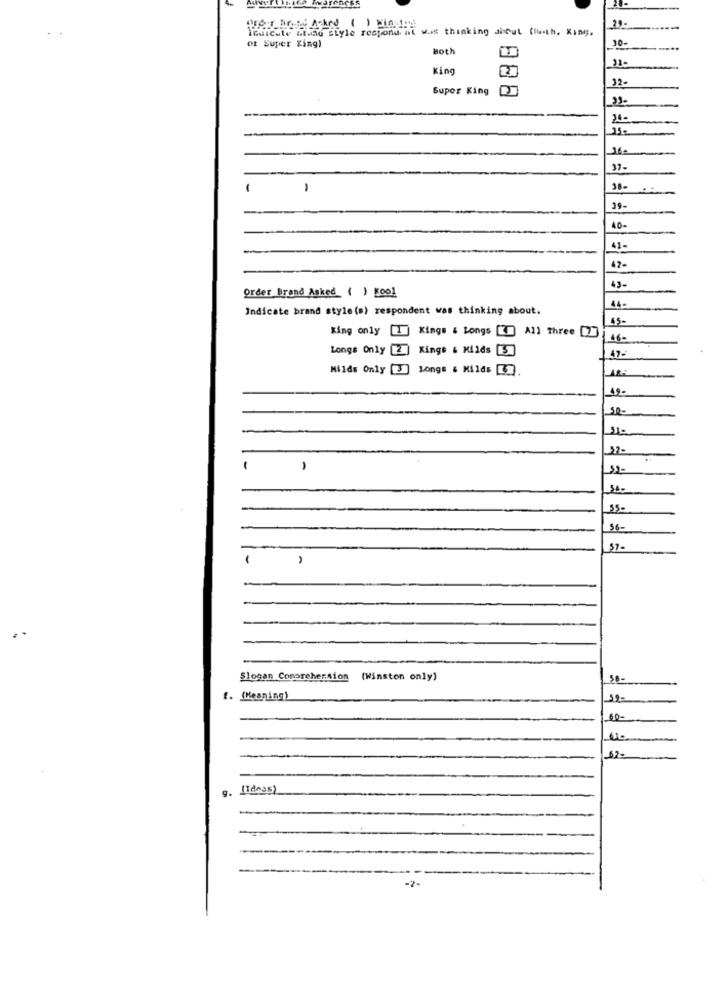
Indicate bland ELyle respond. at was thinking discut (luith, King,
Our New Acked ( ) Windrad
30-
ot Super King)
Both
31-
King
32-
Super King
15-
37-
-
38-
39-
40-
41-
42-
Order Brand Asked ( ) [001
43-
44-
Indicate brand style (s) respondent was thinking about.
45-
King only [1] Kings & Longs [] All Three [2]
46-
Longs Only 2 Kings & Milds 5
47-
Milds Only [3] Long# 6 Milds [.
AR-
49-
11-
37-
1
12-
SA-
55-
$6-
57-
-
A
Slogan Comprehension (Winston only)
56-
t. (Meaning)
60-
62-
9.
(Ideas)
-2-